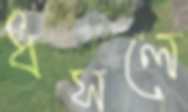
ধসলে